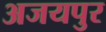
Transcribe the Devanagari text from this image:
अजयपुर